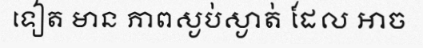
ទៀត មាន ភាពស្ងប់ស្ងាត់ ដែល អាច